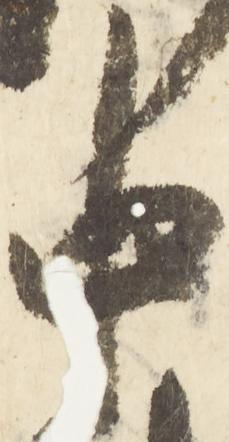
中